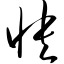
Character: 怏